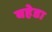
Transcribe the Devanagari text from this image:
बहेडा